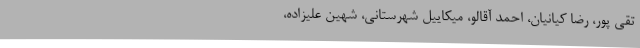
تقی پور، رضا کیانیان، احمد آقالو، میکاییل شهرستانی، شهین علیزاده،